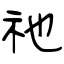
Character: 祂